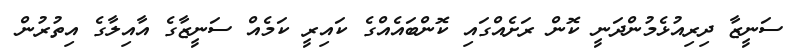
ސަނީޒާ ދިރިއުޅެމުންދަނީ ކޮން ރަށެއްގައި ކޮންބައެއްގެ ކައިރީ ކަމެއް ސަނީޒާގެ އާއިލާގެ އިތުރުން